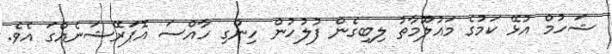
ޝަހުމް އުޅޭ ކަމުގެ މައުލޫމާތު ލިބިގެން ފުލުހުން ހިންގި ހާއްސަ އޮޕަރޭޝަނެއްގަ އެވެ.